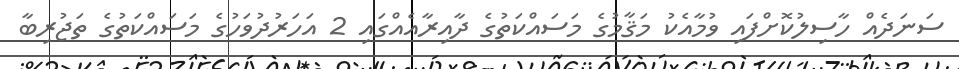
ސަނަދެއް ހާސިލުކޮށްފައި ވުމާއެކު މަޤާމުގެ މަސައްކަތުގެ ދާއިރާއެއްގައި 2 އަހަރުދުވަހުގެ މަސައްކަތުގެ ތަޖުރިބާ